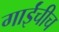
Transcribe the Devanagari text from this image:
गाईंचीच